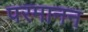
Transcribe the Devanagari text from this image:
परमानन